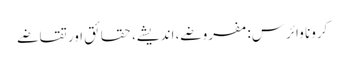
کرونا وائرس: مفروضے، اندیشے، حقائق اور تقاضے